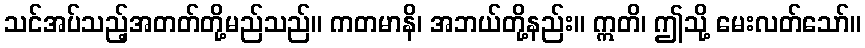
သင်အပ်သည့်အတတ်တို့မည်သည်။ ကတမာနိ၊ အဘယ်တို့နည်း။ ဣတိ၊ ဤသို့ မေးလတ်သော်။